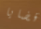
قضايا